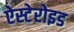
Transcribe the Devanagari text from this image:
ऐस्टेरोइड